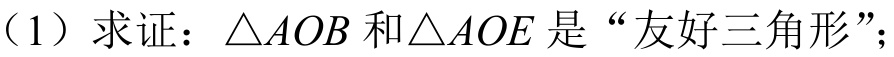
（1）求证：$\triangle AOB$和$\triangle AOE$是“友好三角形”；